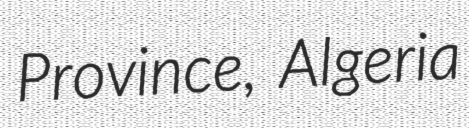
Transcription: Province, Algeria